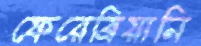
ফেরেব্রিয়ানি